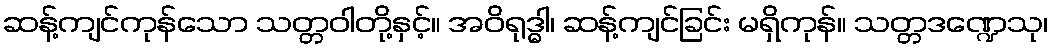
ဆန့်ကျင်ကုန်သော သတ္တဝါတို့နှင့်။ အဝိရုဒ္ဓါ၊ ဆန့်ကျင်ခြင်း မရှိကုန်။ သတ္တဒဏ္ဍေသု၊